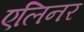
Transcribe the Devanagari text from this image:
एलिनर